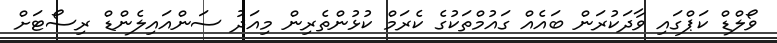
ވޯލްޑް ކަޕްގައި ވާދަކުރަން ބައެއް ގައުމްތަކުގެ ކެރަމް ކުޅުންތެރިން މިއަދު ސަންއައިލެންޑް ރިސޯޓަށް